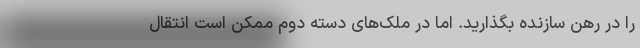
را در رهن سازنده بگذارید. اما در ملک‌های دسته دوم ممکن است انتقال